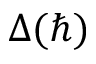
\Delta ( \hbar )